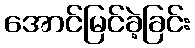
အောင်မြင်ခဲ့ခြင်း